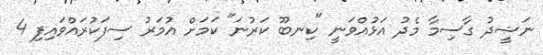
ނަޝީދު ގާސިމާ މެދު އަޅުއްވަނީ "ކިނބޫ ކަރުނަ" ކަމަށް އުމަރު ސިފަކުރައްވައިފި 4